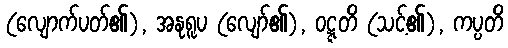
(လျောက်ပတ်၏), အနုရူပ (လျော်၏), ဝဋ္ဋတိ (သင့်၏), ကပ္ပတိ